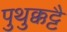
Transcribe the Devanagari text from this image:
पुथुक्कट्टै